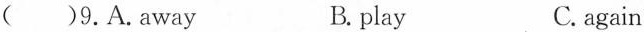
( )9.A.away B. play C.again